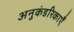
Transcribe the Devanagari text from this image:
अनुकंडरिकाएँ